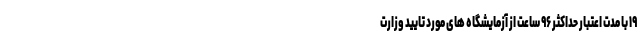
۱۹ با مدت اعتبار حداکثر ۹۶ ساعت از آزمایشگاه های مورد تایید وزارت